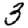
Digit: 3